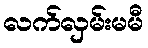
လက်လှမ်းမမီ